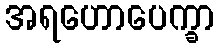
အရဟောပေက္ခာ